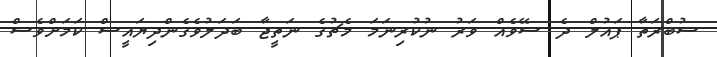
ސުބްރަތާ ޕައުލް ދެ ސޭވެއް ވަރު ނުކުރިނަމަ މެޗުގެ ނަތީޖާ ބަދަލުވެގެންދިޔައީސް ކަމަށްވެސް